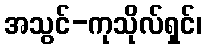
အသွင်-ကုသိုလ်ရှင်၊